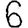
Digit: 6